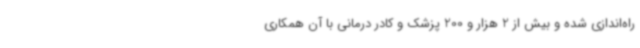
راه‌اندازی شده و بیش از 2 هزار و 200 پزشک و کادر درمانی با آن همکاری